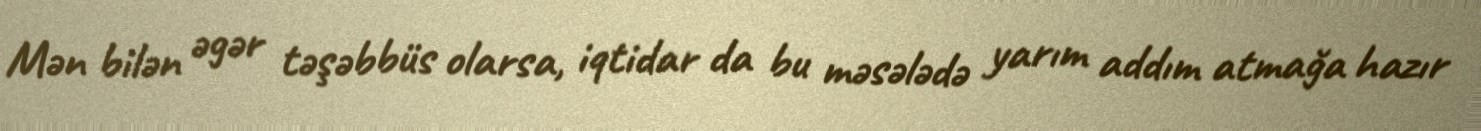
Mən bilən əgər təşəbbüs olarsa, iqtidar da bu məsələdə yarım addım atmağa hazır